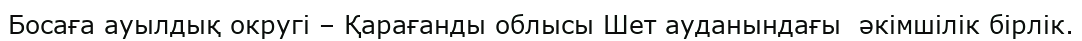
Босаға ауылдық округі – Қарағанды облысы Шет ауданындағы  әкімшілік бірлік.